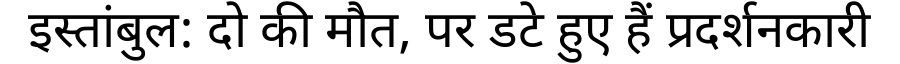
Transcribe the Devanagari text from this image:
इस्तांबुल: दो की मौत, पर डटे हुए हैं प्रदर्शनकारी